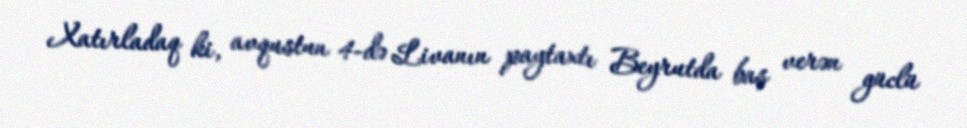
Xatırladaq ki, avqustun 4-də Livanın paytaxtı Beyrutda baş verən güclü